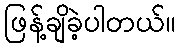
ဖြန့်ချိခဲ့ပါတယ်။